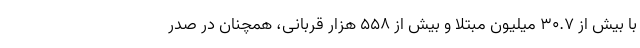
با بیش از ۳۰.۷ میلیون مبتلا و بیش از ۵۵۸ هزار قربانی، همچنان در صدر